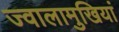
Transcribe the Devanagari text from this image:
ज्वालामुखियां